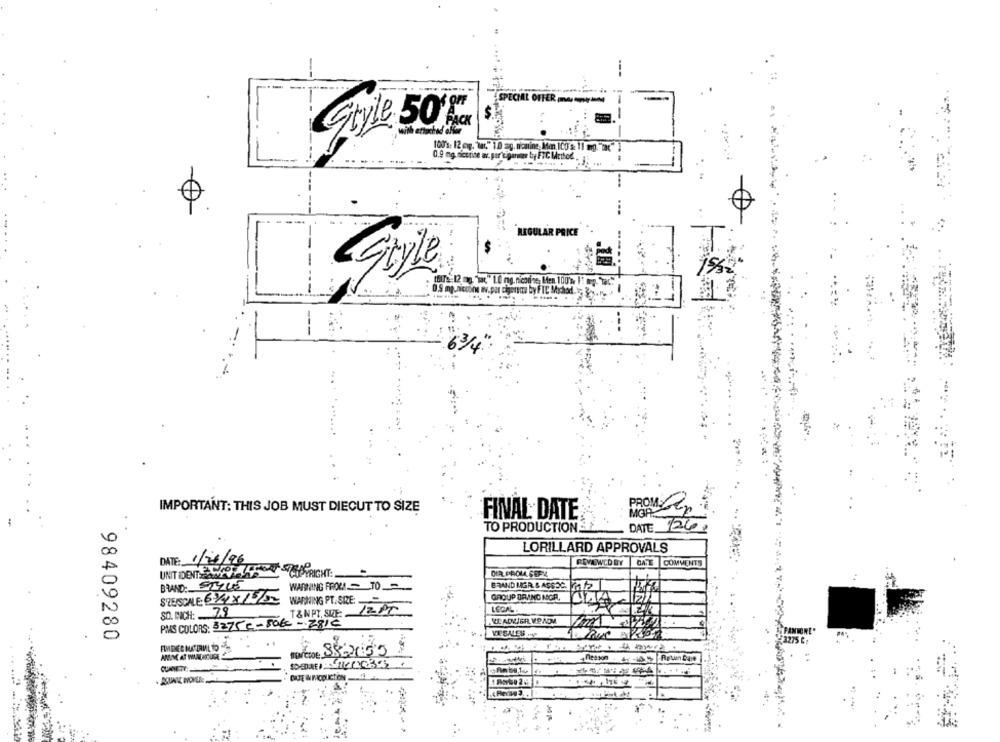
. .
Style 5or
100's: 12 cup. "war." 1.0 ag. ficarine, Men 100 g: 11 mg. "bac"]
0.9 mg. niccrine av. par"cigareone bry FTC Method
REGULAR PRICE
---
etki by FIC Mchod.
63/4
IMPORTANT: THIS JOB MUST DIECUT TO SIZE
MGR
FINAL DATE
TO PRODUCTIONE
- DATE 124
LORILLARD APPROVALS
DATE: 1/04/96
REVIEWED BY
GATE COMMENTS
COPYRIGHT:
UNIT IDENT2076
DIR.PROUSERZ
BRAND: STYLE
WARNING FROM! TO
BRAND MGR. & ASSOC. 02
STEISCALE 6XX/55
WANNING PT. SIZE:
GROUP BRNO MGR.
LEGAL .
SO. ICH: 79
T & NPT, SIZE:
12 PT
PMS COLORS: 3275€-80€-281c
98409280
VESALES ..
1275
forcone 88-2055